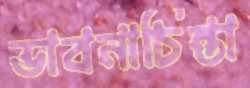
ভাবনাচিন্তা